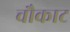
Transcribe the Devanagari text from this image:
चौकाट